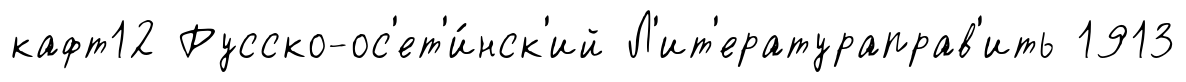
кафт12 Русско-ос'ет'и́нск'ий Л'ит'ератураправ'ить 1913